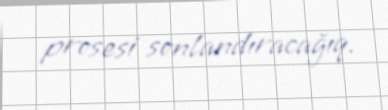
prosesi sonlandıracağıq.